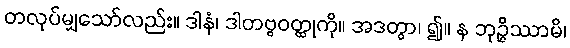
တလုပ်မျှသော်လည်း။ ဒါနံ၊ ဒါတဗ္ဗဝတ္ထုကို။ အဒတွာ၊ ၍။ န ဘုဉ္ဇိဿာမိ၊